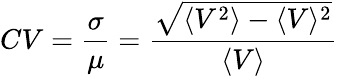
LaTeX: CV=\frac{\sigma}{\mu}=\frac{\sqrt{\langle V^{2}\rangle-\langle V\rangle^{2}}}{\langle V\rangle}